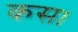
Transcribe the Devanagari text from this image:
कस।